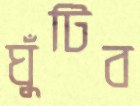
ঘুঁটিব